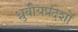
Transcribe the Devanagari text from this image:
ध्रुवीयप्रदेशों